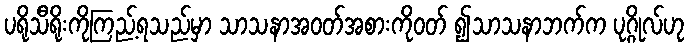
ပရိုသီရိုးကိုကြည့်ရသည်မှာ သာသနာအဝတ်အစားကိုဝတ် ၍သာသနာဘက်က ပုဂ္ဂိုလ်ဟု